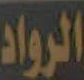
الرواد